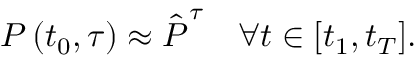
\boldsymbol { P } \left( t _ { 0 } , \tau \right) \approx \boldsymbol { \hat { P } } ^ { \tau } \quad \forall t \in [ t _ { 1 } , t _ { T } ] .